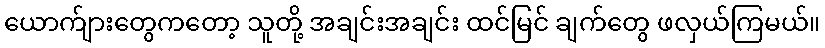
ယောက်ျားတွေကတော့ သူတို့ အချင်းအချင်း ထင်မြင် ချက်တွေ ဖလှယ်ကြမယ်။